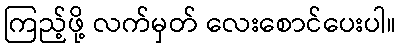
ကြည့်ဖို့ လက်မှတ် လေးစောင်ပေးပါ။